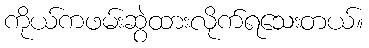
ကိုယ်ကဖမ်းဆွဲထားလိုက်ရသေးတယ်။